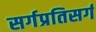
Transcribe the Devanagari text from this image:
सर्गप्रतिसर्ग